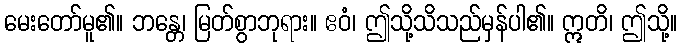
မေးတော်မူ၏။ ဘန္တေ၊ မြတ်စွာဘုရား။ ဧဝံ၊ ဤသို့သိသည်မှန်ပါ၏။ ဣတိ၊ ဤသို့။